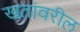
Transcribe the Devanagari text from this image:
खतांवरील